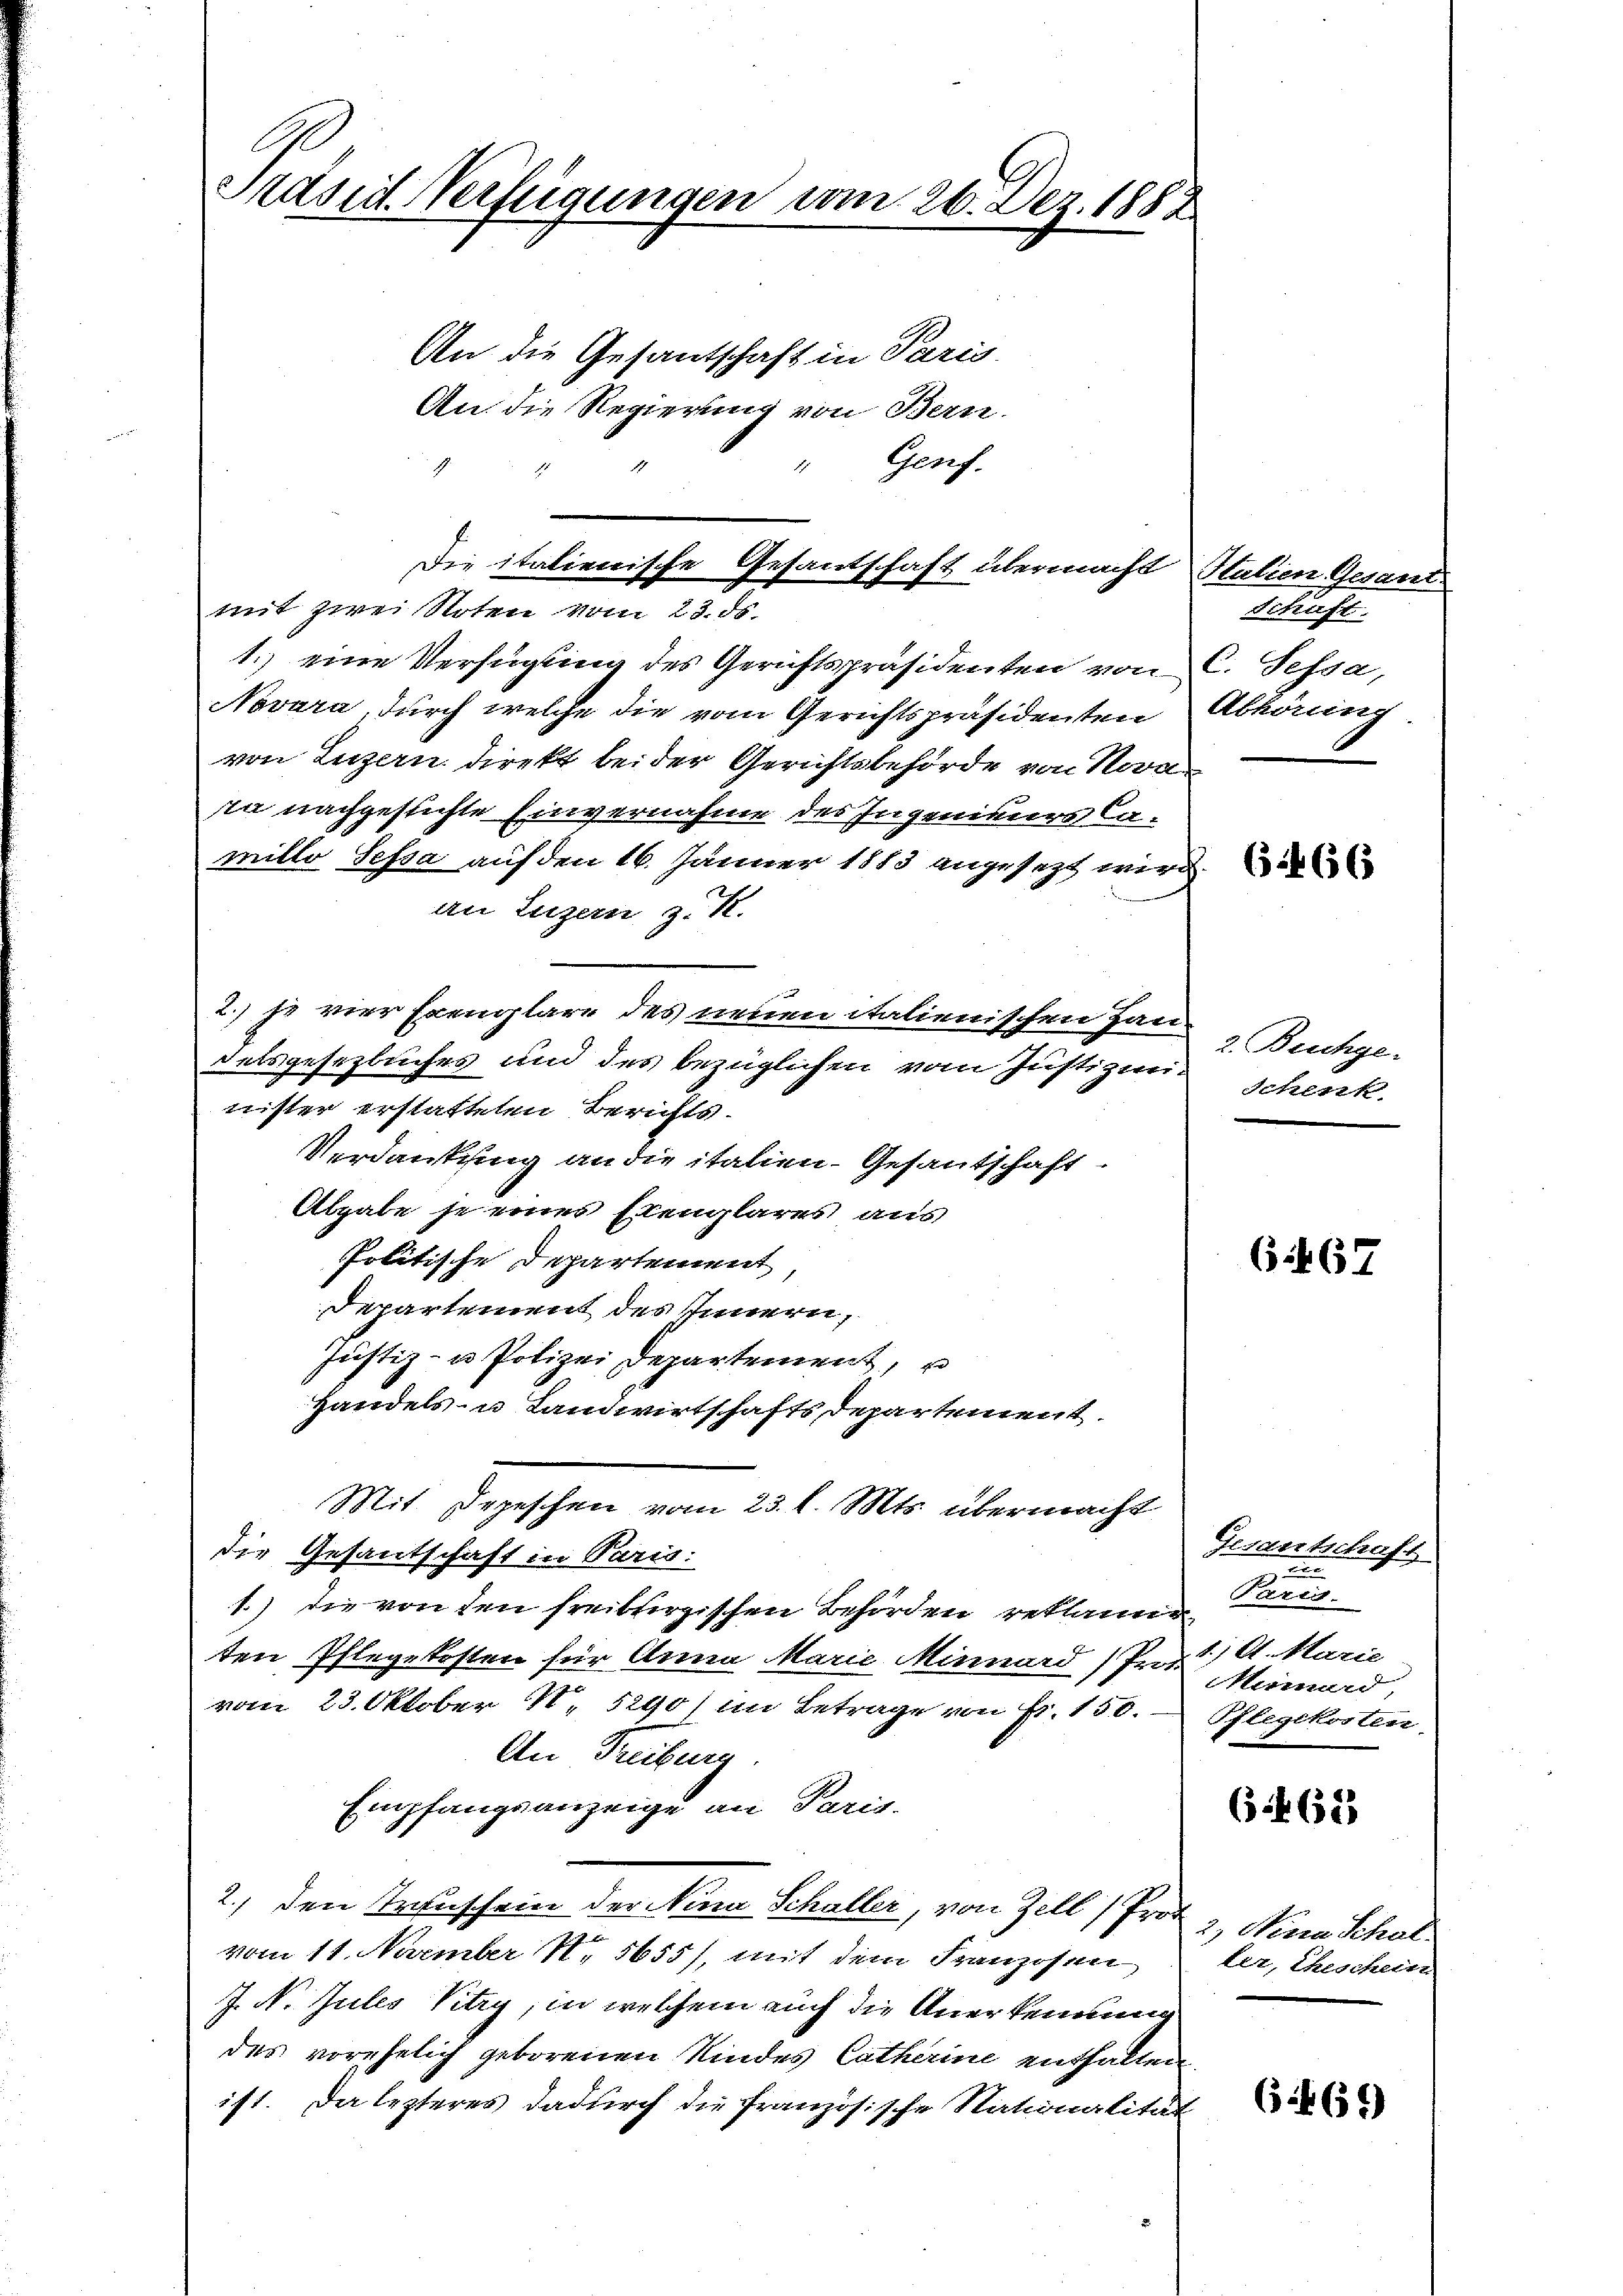
Präsid Verfügungen vom 26. Dez. 1882

An die Gesantschaft in Paris
An die Regierung von Bern
Genf.
4
1
mit zwei Roten vom 23. ds.
1.) eine Verfügung des Gerichtspräsidenten von
Novara durch welche die vom Gerichtspräsidenten
von Luzern direkt bei der Gerichtsbehörde von Nova
in nachgeslichte Einvernahme des Ingenieurs Ca-
millo Sessa auf den 16. Jänner 1883 angesezt wird
an Luzern z. R.
2) je vier Exemplare des neuen italienischen Jan
delsgesezbuches und des bezüglichen vom Justizminister erstatteten Berichts-
Verdankung an die italien- Gesantschaft.
Abgabe je einer Exemplares aus
Politische Departement
Departement des Innern,
Justiz- u Polizei Departement, u
Handels- u Landwirtschaftsdepartement.
Mit Depeschen vom 23. l. Mts. übermacht
die Gesantschaft in Paris.
1.) die von den freibergischen Behörden reklan
ten Pflegekosten für Anna Marie Minnard (Prot
vom 23. Oktober N. 5290) im Betrage von Fr. 150.
An Freiburg
Empfangsanzeige an Paris.
2.) den Transchein der Nina Schaller, von Zell, Prot
vom 11. Normber N. 5655), mit dem Franzosen
J. N. Jules Vitry, in welchem auch die Anerkennung
des vorehelich geborenen Kindes Catharine enthalten
ist. Da lezteres dadurch die französische Nationalität

Die italienische Gesantschaft übermacht

Halien Gesant
Schaft.
C. Sessa,
Abhörung

654. 663

2. Beichge¬
Schenk.

6467

Zisantschaft
Purii.
1.) A. Marie
Hernard
Pflegekosten

64. 632

65. 632)

2, Nina Schal
ter, Eheschein